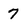
Character: 7